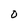
Character: 0